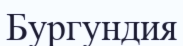
Бургундия